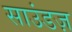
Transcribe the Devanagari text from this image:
साउंडज़